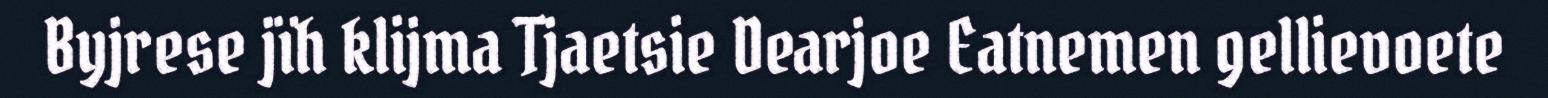
Byjrese jïh klijma Tjaetsie Dearjoe Eatnemen gellievoete